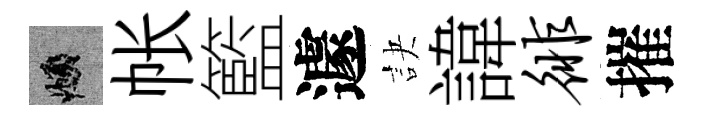
頫帐籃遽訣諱徘摧